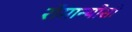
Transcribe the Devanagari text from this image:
रोमान्योसी